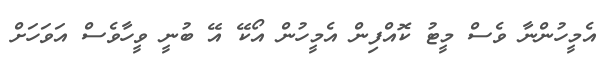
އެމީހުންނާ ވެސް މީޓު ކޮއްފިން އެމީހުން އޯކޭ އޭ ބުނީ ވީހާވެސް އަވަހަށް